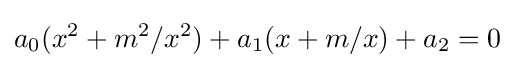
a_{0}(x^{2}+m^{2}/x^{2})+a_{1}(x+m/x)+a_{2}=0